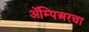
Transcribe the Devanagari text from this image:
ॲम्पिअरचा